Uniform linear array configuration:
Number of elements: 8
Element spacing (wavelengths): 0.5
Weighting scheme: blackman
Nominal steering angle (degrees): -15
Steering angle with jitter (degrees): -13.58
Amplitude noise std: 0.05
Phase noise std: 0.05

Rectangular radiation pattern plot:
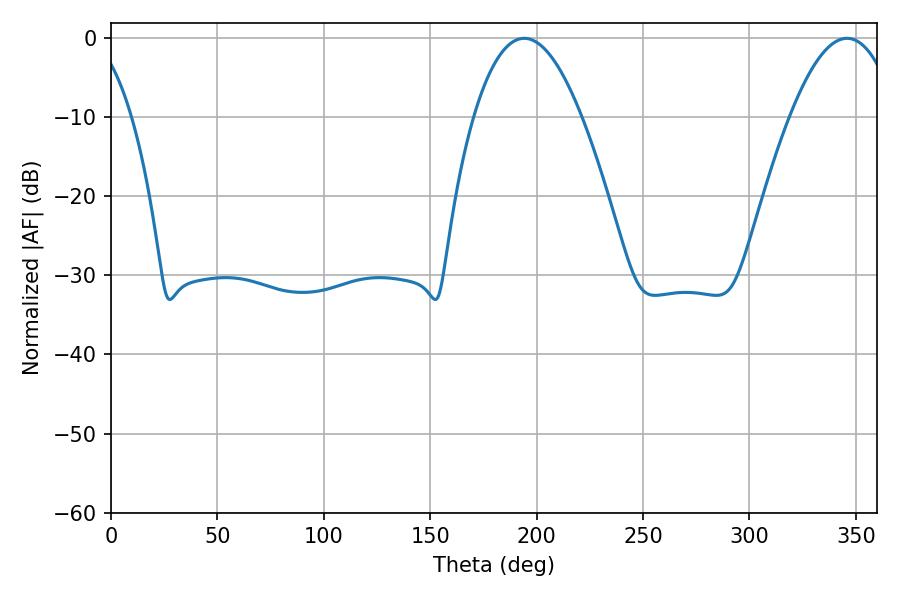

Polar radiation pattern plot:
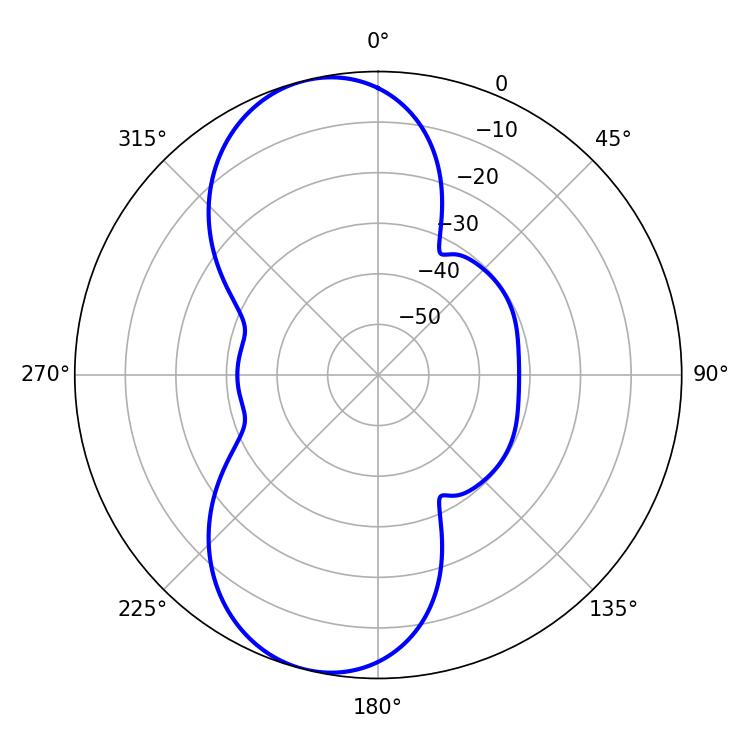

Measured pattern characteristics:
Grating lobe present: FALSE
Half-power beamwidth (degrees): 27.9
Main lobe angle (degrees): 194.22